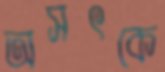
অসৎকে